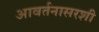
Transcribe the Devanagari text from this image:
आवर्तनासरशी